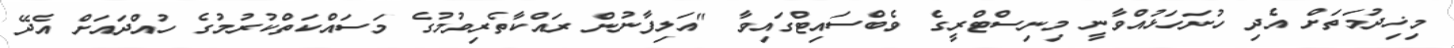
މިޚިދުމަތަށް އެދި ހުށަހަޅުއްވާނީ މިނިސްޓްރީގެ ވެބްސައިޓްގައިވާ "އަލިފާނުން ރައްކާތެރިވުމުގެ މަސައްކަތްކުރުމުގެ ހުއްދައަށް އެދޭ